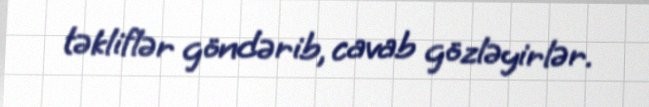
təkliflər göndərib, cavab gözləyirlər.